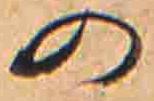
の